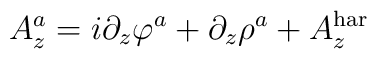
A_z^a=i\partial_z\varphi^a+\partial_z\rho^a+A_z^{\rm har}